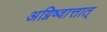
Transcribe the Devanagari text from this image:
अग्निष्वात्तात्